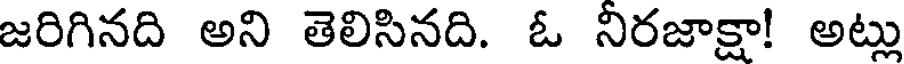
జరిగినది అని తెలిసినది. ఓ నిరజాక్షా! అట్లు